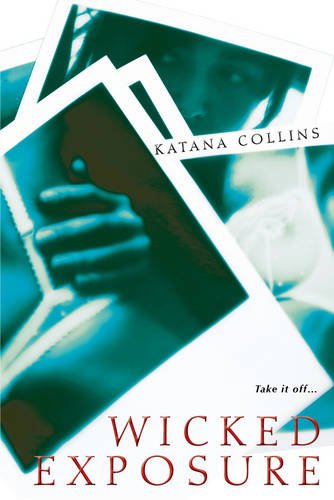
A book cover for Wicked Exposure; Katana Collins; Romance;